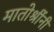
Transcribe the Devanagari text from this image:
मातोश्रींनी